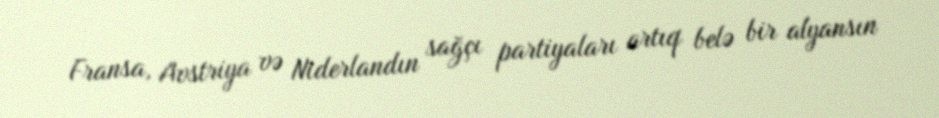
Fransa, Avstriya və Niderlandın sağçı partiyaları artıq belə bir alyansın